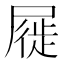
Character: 屣